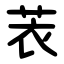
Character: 䒾